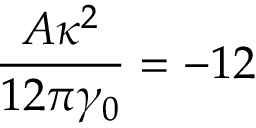
\frac { A \kappa ^ { 2 } } { 1 2 \pi \gamma _ { 0 } } = - 1 2